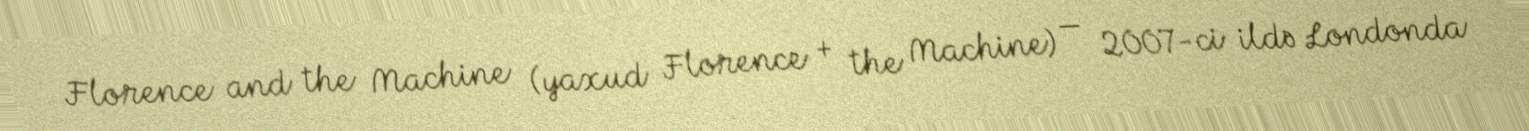
Florence and the Machine (yaxud Florence + the Machine) — 2007-ci ildə Londonda